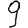
Digit: 9